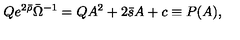
Q e ^ { 2 \bar { \rho } } \bar { \Omega } ^ { - 1 } = Q A ^ { 2 } + 2 \bar { s } A + c \equiv P ( A ) ,